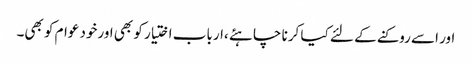
اور اسے روکنے کے لئے کیا کرنا چاہئے ،ارباب اختیار کو بھی اورخود عوام کو بھی۔